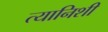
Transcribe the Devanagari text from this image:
त्यानिशी